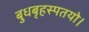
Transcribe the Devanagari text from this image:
बुधबृहस्पतयो।